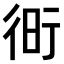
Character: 𧗧